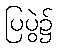
ပြပွဲ၌